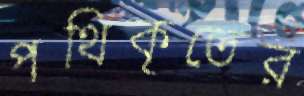
পথিকৃতের